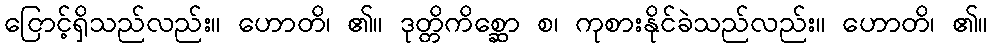
ငြောင့်ရှိသည်လည်း။ ဟောတိ၊ ၏။ ဒုတ္တိကိစ္ဆော စ၊ ကုစားနိုင်ခဲသည်လည်း။ ဟောတိ၊ ၏။